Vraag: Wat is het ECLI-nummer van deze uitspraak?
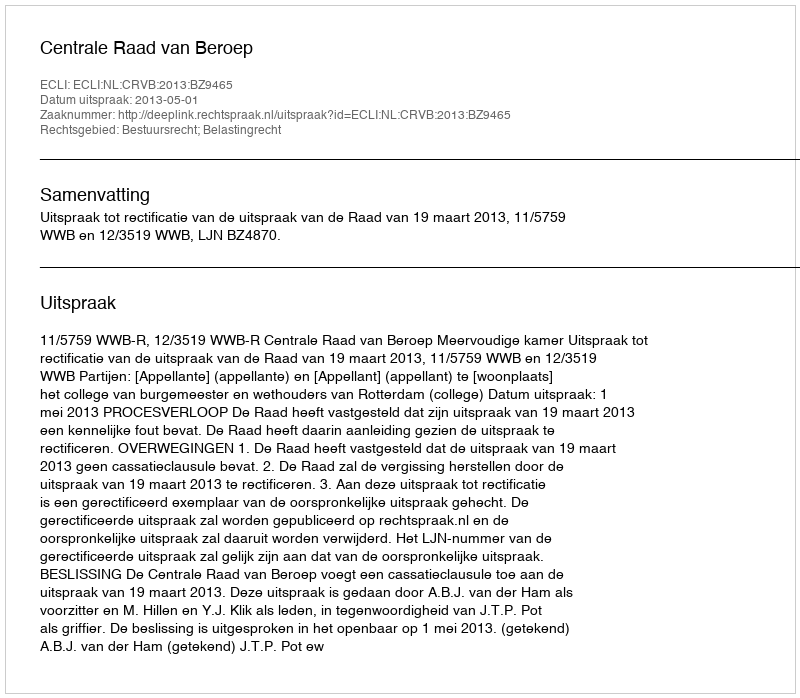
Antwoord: ECLI:NL:CRVB:2013:BZ9465